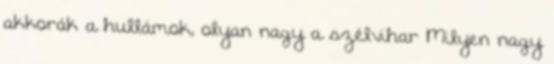
akkorák a hullámok, olyan nagy a szélvihar Milyen nagy